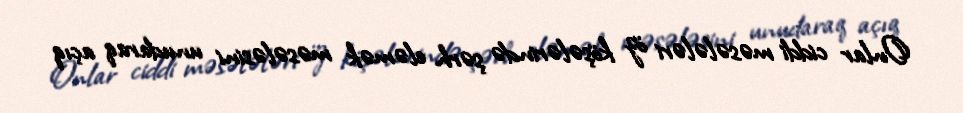
Onlar ciddi məsələləri öz köşələrində şərh eləmək məsələsini unudaraq açıq